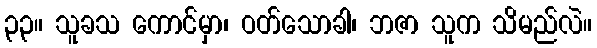
၃၃။ သူခသ ကောင်မှာ၊ ဝတ်သောခါ၊ ဘဇာ သူက သိမည်လဲ။